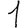
Digit: 1